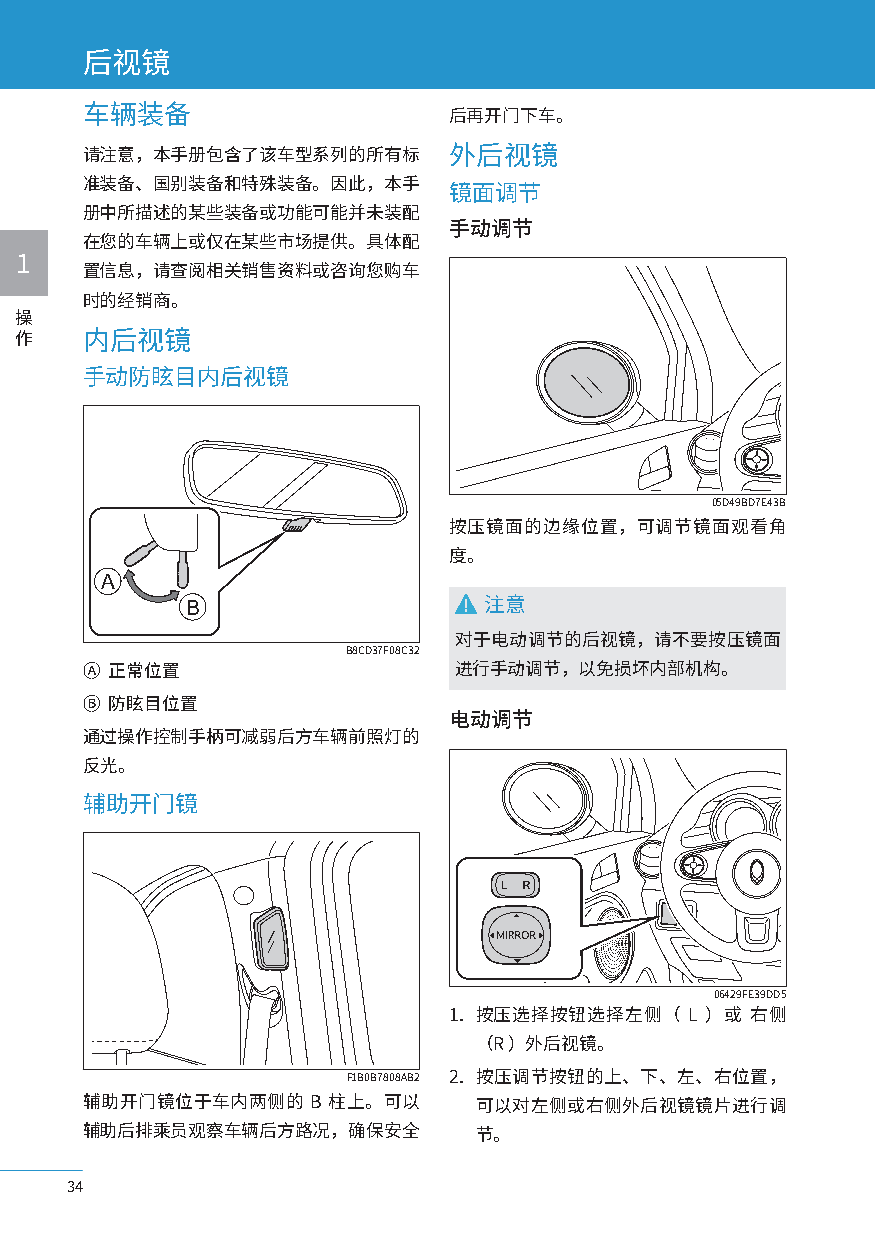
后视镜
 车辆装备                     后再开门下车。
 请注意，本手册包含了该车型系列的所有标      外后视镜
 准装备、国别装备和特殊装备。因此，本手
 镜面调节
 册中所描述的某些装备或功能可能并未装配
 手动调节
 在您的车辆上或仅在某些市场提供。具体配
 1
 置信息，请查阅相关销售资料或咨询您购车
 时的经销商。
 操
 作   内后视镜
 手动防眩目内后视镜
 05D49BD7E43B
 按压镜面的边缘位置，可调节镜面观看角
 度。
 A
 B                   注意
 对于电动调节的后视镜，请不要按压镜面
 B8CD37F08C32
 Ⓐ 正常位置                   进行手动调节，以免损坏内部机构。
 Ⓑ 防眩目位置
 电动调节
 通过操作控制手柄可减弱后方车辆前照灯的
 反光。
 辅助开门镜
 06429FE39DD5
 1. 按压选择按钮选择左侧（ L ）或 右侧
 （R ）外后视镜。
 F1B0B7808AB2 2. 按压调节按钮的上、下、左、右位置，
 辅助开门镜位于车内两侧的   B 柱上。可以    可以对左侧或右侧外后视镜镜片进行调
 辅助后排乘员观察车辆后方路况，确保安全       节。
 34